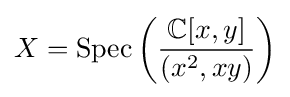
X={\text{Spec}}\left({\frac {\mathbb {C} [x,y]}{(x^{2},xy)}}\right)